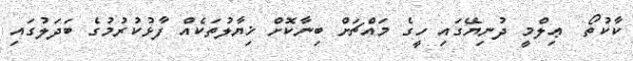
ކާކުތޯ  ޢިލްމީ ދުނިޔޭގައި ހީގެ މައްޗަށް ބިނާކޮށް ޚިޔާލުތަކެއް ފާޅުކުރުމުގެ ބަދަލުގައި